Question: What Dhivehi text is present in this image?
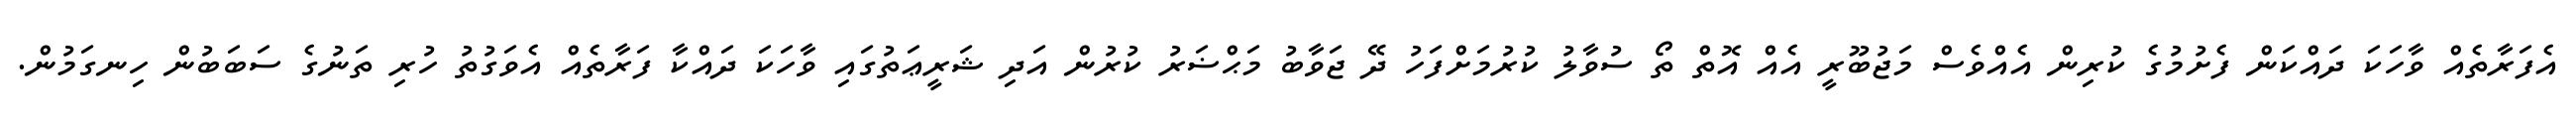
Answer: އެފަރާތެއް ވާހަކަ ދައްކަން ފެށުމުގެ ކުރިން އެއްވެސް މަޖުބޫރީ އެއް އޮތް ތޯ ސުވާލު ކުރުމަށްފަހު ދޭ ޖަވާބު މަޙްޟަރު ކުރުން އަދި ޝަރީޢަތުގައި ވާހަކަ ދައްކާ ފަރާތެއް އެވަގުތު ހުރި ތަނުގެ ސަބަބުން ހިނގަމުން.